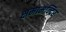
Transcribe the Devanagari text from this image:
क्षमामन्दिर